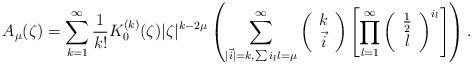
LaTeX: \begin{align*}A_{\mu}(\zeta)=\sum\limits_{k=1}^\infty\frac1{k!}K_0^{(k)}(\zeta)|\zeta|^{k-2\mu} \left(\sum\limits_{|\vec{i}|=k, \sum i_ll=\mu}^\infty \left(\begin{array}{c} k\\ \vec{i}\end{array}\right)\left[\prod\limits_{l=1}^\infty \left(\begin{array}{c}\frac12\\ l\end{array}\right)^{i_l}\right]\right).\end{align*}